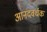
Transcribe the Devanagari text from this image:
आनंदवर्धक